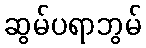
ဆွမ်ပရာဘွမ်